Summary of further report on surra
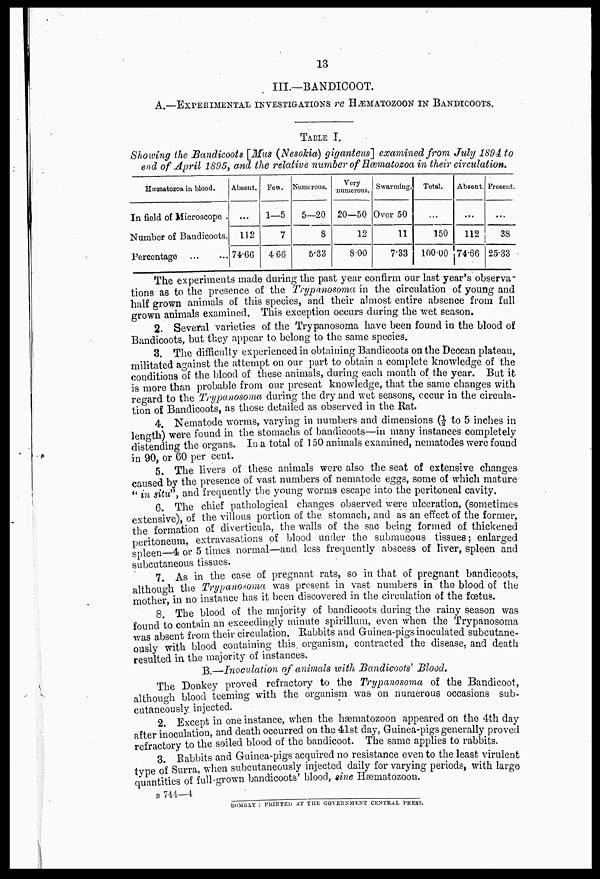
13
III.—BANDICOOT.
A.—EXPERIMENTAL INVESTIGATIONS re HÆMATOZOON IN BANDICOOTS.
TABLE I.
Showing the Bandicoots [Mus (Nesokia) giganteus] examined from July 1S94 to
end of April 1S95, and the relative number of Hæmatozoa in their circulation.
Hæmatozoa in blood.
In field of Microscope .
Number of Bandicoots.
Percentage
Absent.
...
112
74.66
Few.
1—5
7
466
Numerous.
5—20
8
5.33
Very
numerous.
20—50
12
800
Swarming.
Over 50
11
7.33
Total.
...
150
100 00
Absent.
...
112
74.66
Present.
...
38
25.33
The experiments made during the past year confirm our last year's observa
tions as to the presence of the Trypanosoma in the circulation of young and
half grown animals of this species, and their almost entire absence from full
grown animals examined. This exception occurs during the wet season.
2. Several varieties of the Trypanosoma have been found in the blood of
Bandicoots, but they appear to belong to the same species.
3. The difficulty experienced in obtaining Bandicoots on the Deccan plateau,
militated against the attempt on our part to obtain a complete knowledge of the
conditions of the blood of these animals, during each month of the year. But it
is more than probable from our present knowledge, that the same changes with
regard to the Trypanosoma during the dry and wet seasons, occur in the circula-
tion of Bandicoots, as those detailed as observed in the Rat.
4. Nematode worms, varying in numbers and dimensions (½ to 5 inches in
length) were found in the stomachs of bandicoots—in many instances completely
distending the organs. In a total of 150 animals examined, nematodes were found
in 90, or 60 per cent.
5. The livers of these animals were also the seat of extensive changes
caused by the presence of vast numbers of nematode eggs, some of which mature
" in situ" and frequently the young worms escape into the peritoneal cavity.
6. The chief pathological changes observed were ulceration, (sometimes
extensive), of the villous portion of the stomach, and as an effect of the former,
the formation of diverticula, the walls of the sac being formed of thickened
peritoneum, extravasations of blood under the submucous tissues; enlarged
spleen—4 or 5 times normal—and less frequently abscess of liver, spleen and
subcutaneous tissues.
7 As in the case of pregnant rats, so in that of pregnant bandicoots,
although the Trypanosoma was present in vast numbers in the blood of the
mother in no instance has it been discovered in the circulation of the foetus.
8 The blood of the majority of bandicoots during the rainy season was
found to contain an exceedingly minute spirillum, even when the Trypanosoma
was absent from their circulation. Rabbits and Guinea-pigs inoculated subcutane-
ously with blood containing this organism, contracted the disease, and death
resulted in the majority of instances.
B Inoculation of animals with Bandicoots' Blood,
The Donkey proved refractory to the Trypanosoma of the Bandicoot,
although blood teeming with the organism was on numerous occasions sub-
cutaneously injected.
2 Except in one instance, when the hæmatozoon appeared on the 4th day
liter inoculation, and death occurred on the 41st day, Guinea-pigs generally proved
refractory to the soiled blood of the bandicoot. The same applies to rabbits.
3 Rabbits and Guinea-pigs acquired no resistance even to the least virulent
type of Surra, when subcutaneously injected daily for varying periods, with large
quantities of full-grown bandicoots' blood, sine Hæmatozoon.
B 744—4
BOMBAY : PRINTED AT THE GOVERNMENT CENTRAL PRESS.